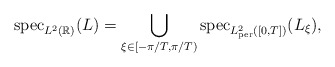
\begin{align*}{\rm spec}_{L^2(\mathbb{R})}(L)=\bigcup_{\xi\in[-\pi/T,\pi/T)}{\rm spec}_{L^2_{\rm per}([0,T])}(L_\xi),\end{align*}